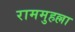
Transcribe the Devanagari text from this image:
राममुहल्ला